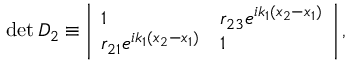
\begin{array} { r } { \operatorname* { d e t } D _ { 2 } \equiv \left| \begin{array} { l l } { 1 } & { r _ { 2 3 } e ^ { i k _ { 1 } ( x _ { 2 } - x _ { 1 } ) } } \\ { r _ { 2 1 } e ^ { i k _ { 1 } ( x _ { 2 } - x _ { 1 } ) } } & { 1 } \end{array} \right| , } \end{array}